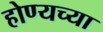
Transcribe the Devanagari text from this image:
होण्यच्या